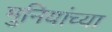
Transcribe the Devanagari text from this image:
मुनियांच्या